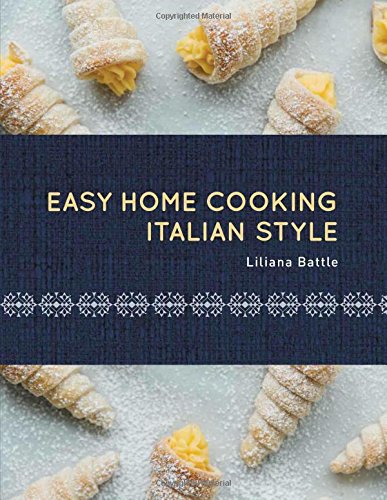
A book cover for Easy Home Cooking-Italian Style; Liliana Battle; Cookbooks, Food & Wine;